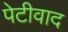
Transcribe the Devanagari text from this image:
पेटीवाद